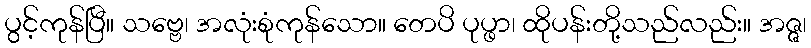
ပွင့်ကုန်ပြီ။ သဗ္ဗေ၊ အလုံးစုံကုန်သော။ တေပိ ပုပ္ဖာ၊ ထိုပန်းတို့သည်လည်း။ အဇ္ဇ၊